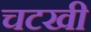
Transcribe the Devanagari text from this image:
चटखी